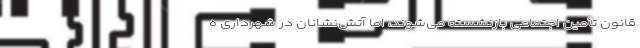
قانون تأمین اجتماعی بازنشسته می‌شوند، اما آتش‌نشانان در شهرداری ه